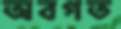
অবগত